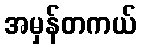
အမှန်တကယ်